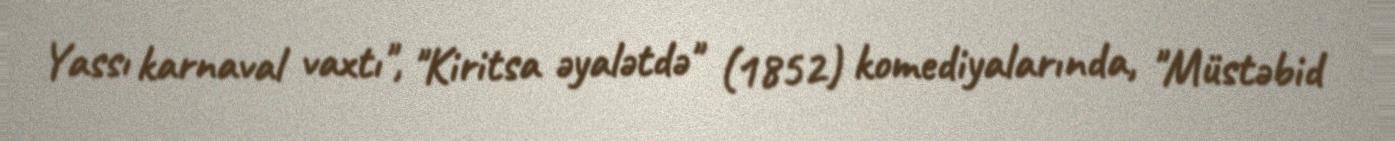
Yassı karnaval vaxtı", "Kiritsa əyalətdə" (1852) komediyalarında, "Müstəbid